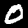
Label: 0